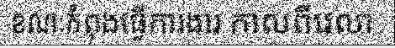
ខណៈកំពុងធ្វើការងារ កាលពីវេលា